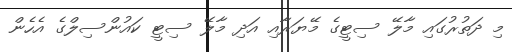
މި ދަތުރުގައި މާލޭ ސިޓީގެ މޭޔަރާއި އަދި މާލޭ ސިޓީ ކައުންސިލްގެ އެހެން